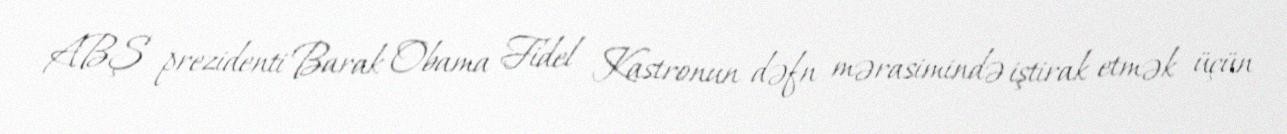
ABŞ prezidenti Barak Obama Fidel Kastronun dəfn mərasimində iştirak etmək üçün